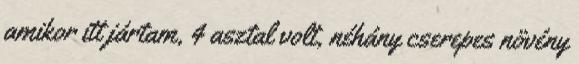
amikor itt jártam, 4 asztal volt, néhány cserepes növény